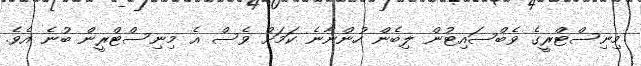
މިނިސްޓްރީގެ ވެބްސައިޓުން ލިބެން ހުންނާނެ ކަމަށް ވެސް އެ މިނިސްޓްރީން ބުނެ އެވެ.